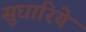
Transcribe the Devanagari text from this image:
सुधारिये